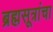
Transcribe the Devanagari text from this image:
ब्रह्मसूत्रांचा